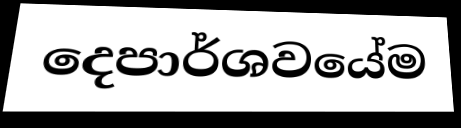
දෙපාර්ශවයේම